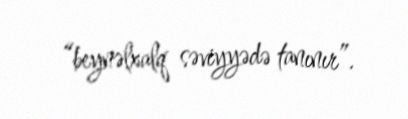
“beynəlxalq səviyyədə tanınır”.